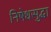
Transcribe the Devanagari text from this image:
निषेधसुद्धा